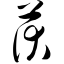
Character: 茯